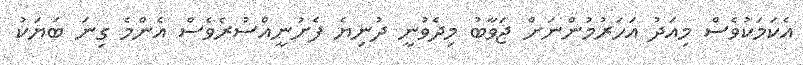
އެކަމަކުވެސް މިއަދު އަހަރުމުންނަށް ޖަވާބު މިދެވުނީ ދުނިޔެ ފެށުނީއްސުރެވެސް އެންމެ ގިނަ ބަޔަކު